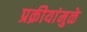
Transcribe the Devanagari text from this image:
प्रक्रीयांमुळे